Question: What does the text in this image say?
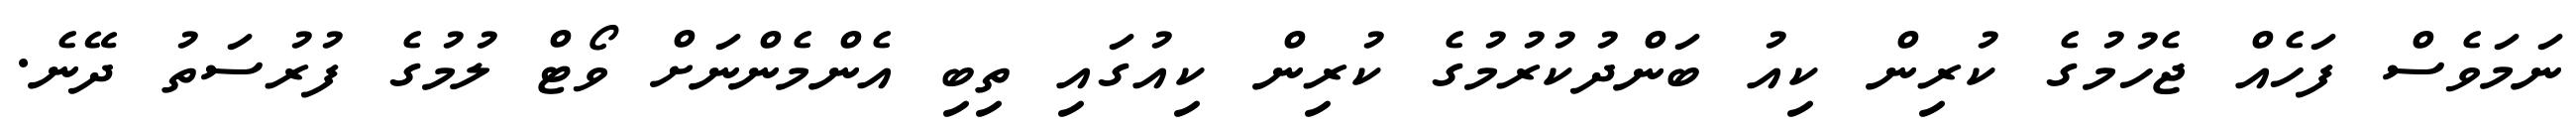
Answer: ނަމަވެސް ފަހެއް ޖެހުމުގެ ކުރިން ކިއު ބަންދުކުރުމުގެ ކުރިން ކިއުގައި ތިބި އެންމެންނަށް ވޯޓް ލުމުގެ ފުރުސަތު ދޭނެ.